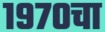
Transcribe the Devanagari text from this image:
१९७०चा